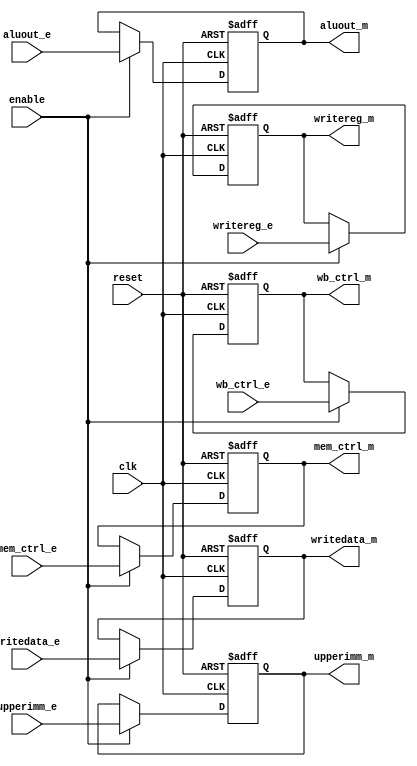


/*
* EXE/MEM Pipeline Register:
*/
module exe_mem_reg (
	clk, reset,
	enable,
	mem_ctrl_e,
	wb_ctrl_e,
	aluout_e,
	writedata_e,
	writereg_e,
	upperimm_e,

	mem_ctrl_m,
	wb_ctrl_m,
	aluout_m,
	writedata_m,
	writereg_m,
	upperimm_m
);
//--Input Ports-------------------------------
input clk, reset, enable;
input [3:0] 	mem_ctrl_e;
input [1:0]		wb_ctrl_e;
input [31:0] 	aluout_e;
input [31:0] 	writedata_e;
input [4:0] 	writereg_e;
input [31:0]	upperimm_e;
//--Outputs-----------------------------------
output reg [3:0] 	mem_ctrl_m;
output reg [1:0]	wb_ctrl_m;
output reg [31:0] 	aluout_m;
output reg [31:0] 	writedata_m;
output reg [4:0] 	writereg_m;
output reg [31:0]	upperimm_m;

always @ (posedge clk or posedge reset) begin
	if (reset) begin
		mem_ctrl_m <= 0;
		wb_ctrl_m <= 0;
		aluout_m <= 0;
		writedata_m <= 0;
		writereg_m <= 0;
		upperimm_m <= 0;
	end
	else begin
		if (enable) begin
			mem_ctrl_m <= mem_ctrl_e;
			wb_ctrl_m <= wb_ctrl_e;
			aluout_m <= aluout_e;
			writedata_m <= writedata_e;
			writereg_m <= writereg_e;
			upperimm_m <= upperimm_e;
		end
	end
end//always

endmodule